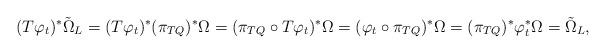
LaTeX: \begin{align*}(T\varphi_t)^* \tilde \Omega_L =(T\varphi_t)^*(\pi_{TQ})^* \Omega=(\pi_{TQ}\circ T\varphi_t)^* \Omega=(\varphi_t \circ \pi_{TQ})^* \Omega=(\pi_{TQ})^*\varphi_t^* \Omega = \tilde \Omega_L,\end{align*}